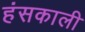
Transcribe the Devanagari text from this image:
हंसकाली